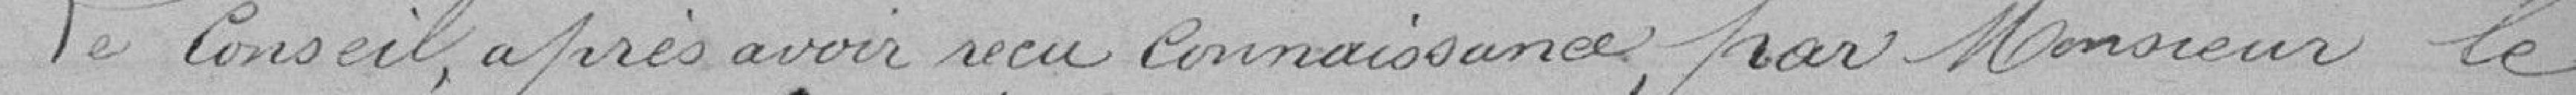
Le Conseil, après avoir reçu connaissance par Monsieur le